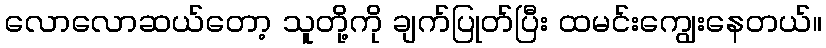
လောလောဆယ်တော့ သူတို့ကို ချက်ပြုတ်ပြီး ထမင်းကျွေးနေတယ်။